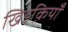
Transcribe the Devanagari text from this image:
खिडक़ियाँ